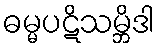
ဓမ္မပဋိသမ္ဘိဒါ